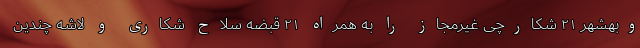
وبهشهر ۲۱ شکارچی غیرمجاز را به همراه ۲۱ قبضه سلاح شکاری و لاشه چندین